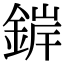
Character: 錌